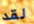
لقد